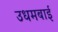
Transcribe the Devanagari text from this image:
उधमबाई